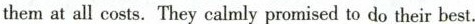
them at all costs.They calmly promised to do their best.